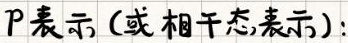
$P表示（或相干态,表示）:$